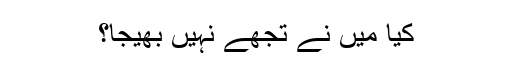
کیا مَیں نے تُجھے نہیں بھیجا؟